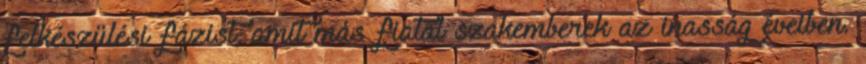
felkészülési fázist, amit más fiatal szakemberek az inasság éveiben.